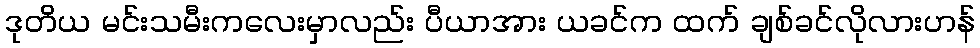
ဒုတိယ မင်းသမီးကလေးမှာလည်း ပီယာအား ယခင်က ထက် ချစ်ခင်လိုလားဟန်